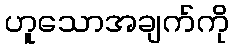
ဟူသောအချက်ကို